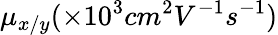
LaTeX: \mu_{x/y}(\times 10^{3}cm^{2}V^{-1}s^{-1})